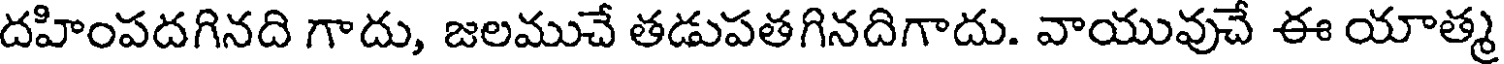
దహింపదగినది గాదు, జలముచే తడుపతగినదిగాదు. వాయువుచే ఈ యాత్మ